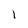
Character: I